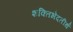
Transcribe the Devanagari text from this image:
शक्तिभेदतीर्थ